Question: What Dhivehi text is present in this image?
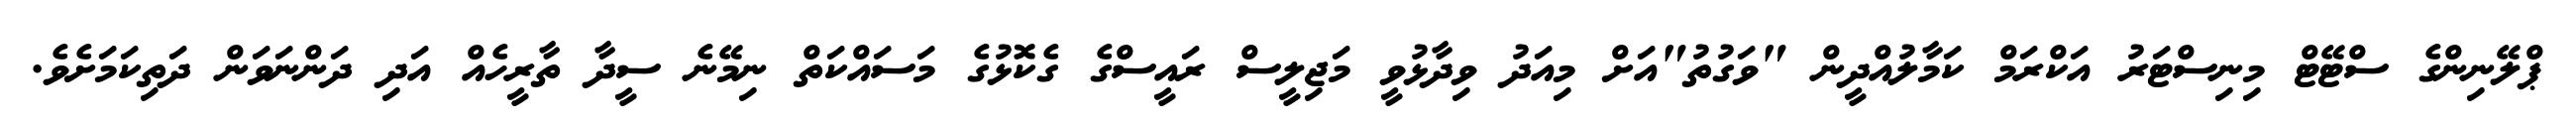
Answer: ޕްލޭނިންގެ ސްޓޭޓް މިނިސްޓަރު އަކްރަމް ކަމާލުއްދީން "ވަގުތު"އަށް މިއަދު ވިދާޅުވީ މަޖިލީސް ރައީސްގެ ގެކޮޅުގެ މަސައްކަތް ނިމޭނެ ސީދާ ތާރީހެއް އަދި ދަންނަވަން ދަތިކަމަށެވެ.